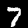
Digit: 7